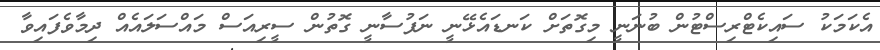
އެކަމަކު ސައިކެޓްރިސްޓުން ބުނަނީ މިގޮތަށް ކަނޑައެޅޭނީ ނަފުސާނީ ގޮތުން ސީރިއަސް މައްސަލައެއް ދިމާވެފައިވާ